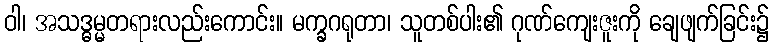
ဝါ၊ အသဒ္ဓမ္မတရားလည်းကောင်း။ မက္ခဂရုတာ၊ သူတစ်ပါး၏ ဂုဏ်ကျေးဇူးကို ချေဖျက်ခြင်း၌